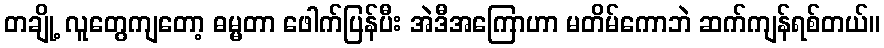
တချို့ လူတွေကျတော့ ဓမ္မတာ ဖေါက်ပြန်ပီး အဲဒီအကြောဟာ မတိမ်ကောဘဲ ဆက်ကျန်ရစ်တယ်။